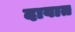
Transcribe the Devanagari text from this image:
दावात